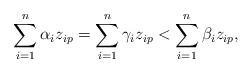
LaTeX: \begin{align*}\sum_{i=1}^n \alpha_i z_{ip} = \sum_{i=1}^n \gamma_i z_{ip} < \sum_{i=1}^n \beta_i z_{ip},\end{align*}